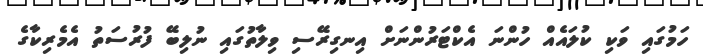
ހަމުގައި ވަކި ކުލައެއް ހުންނަ އެކްޓަރުންނަށް އިނގިރޭސި ވިލާތުގައި ނުލިބޭ ފުރުސަތު އެމެރިކާގެ